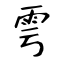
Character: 雩